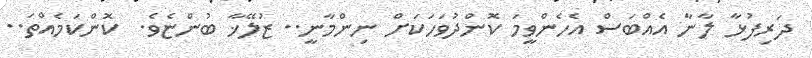
ދަރިފުޅާ ލާނާ އެއްބަސް އެހެންވީމަ ކޮންދުވަހަކަށް ނިންމާނީ.. ޒުލޭޚާ ބުންޏެވެ.  ކޮންކަމެއްތަ..